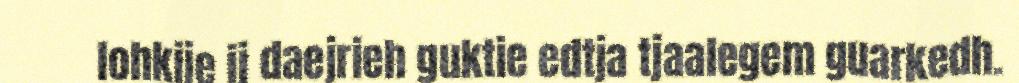
lohkije ij daejrieh guktie edtja tjaalegem guarkedh.